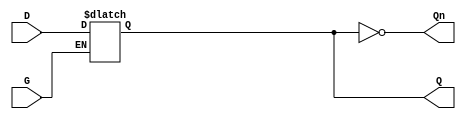
module async_gated_latch (
    input wire D,    // Data input
    input wire G,    // Gate control signal
    output reg Q,    // Output
    output wire Qn   // Inverted output
);

// Inverted output
assign Qn = ~Q;

// Always block to implement the latch functionality
always @(*) begin
    if (G) begin
        Q = D;  // Capture the value of D when G is high
    end
    // When G is low, Q retains its previous value (no assignment needed)
end

endmodule